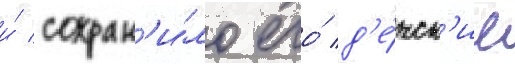
и́ сохран'и́ло его́ д'е́тск'ие